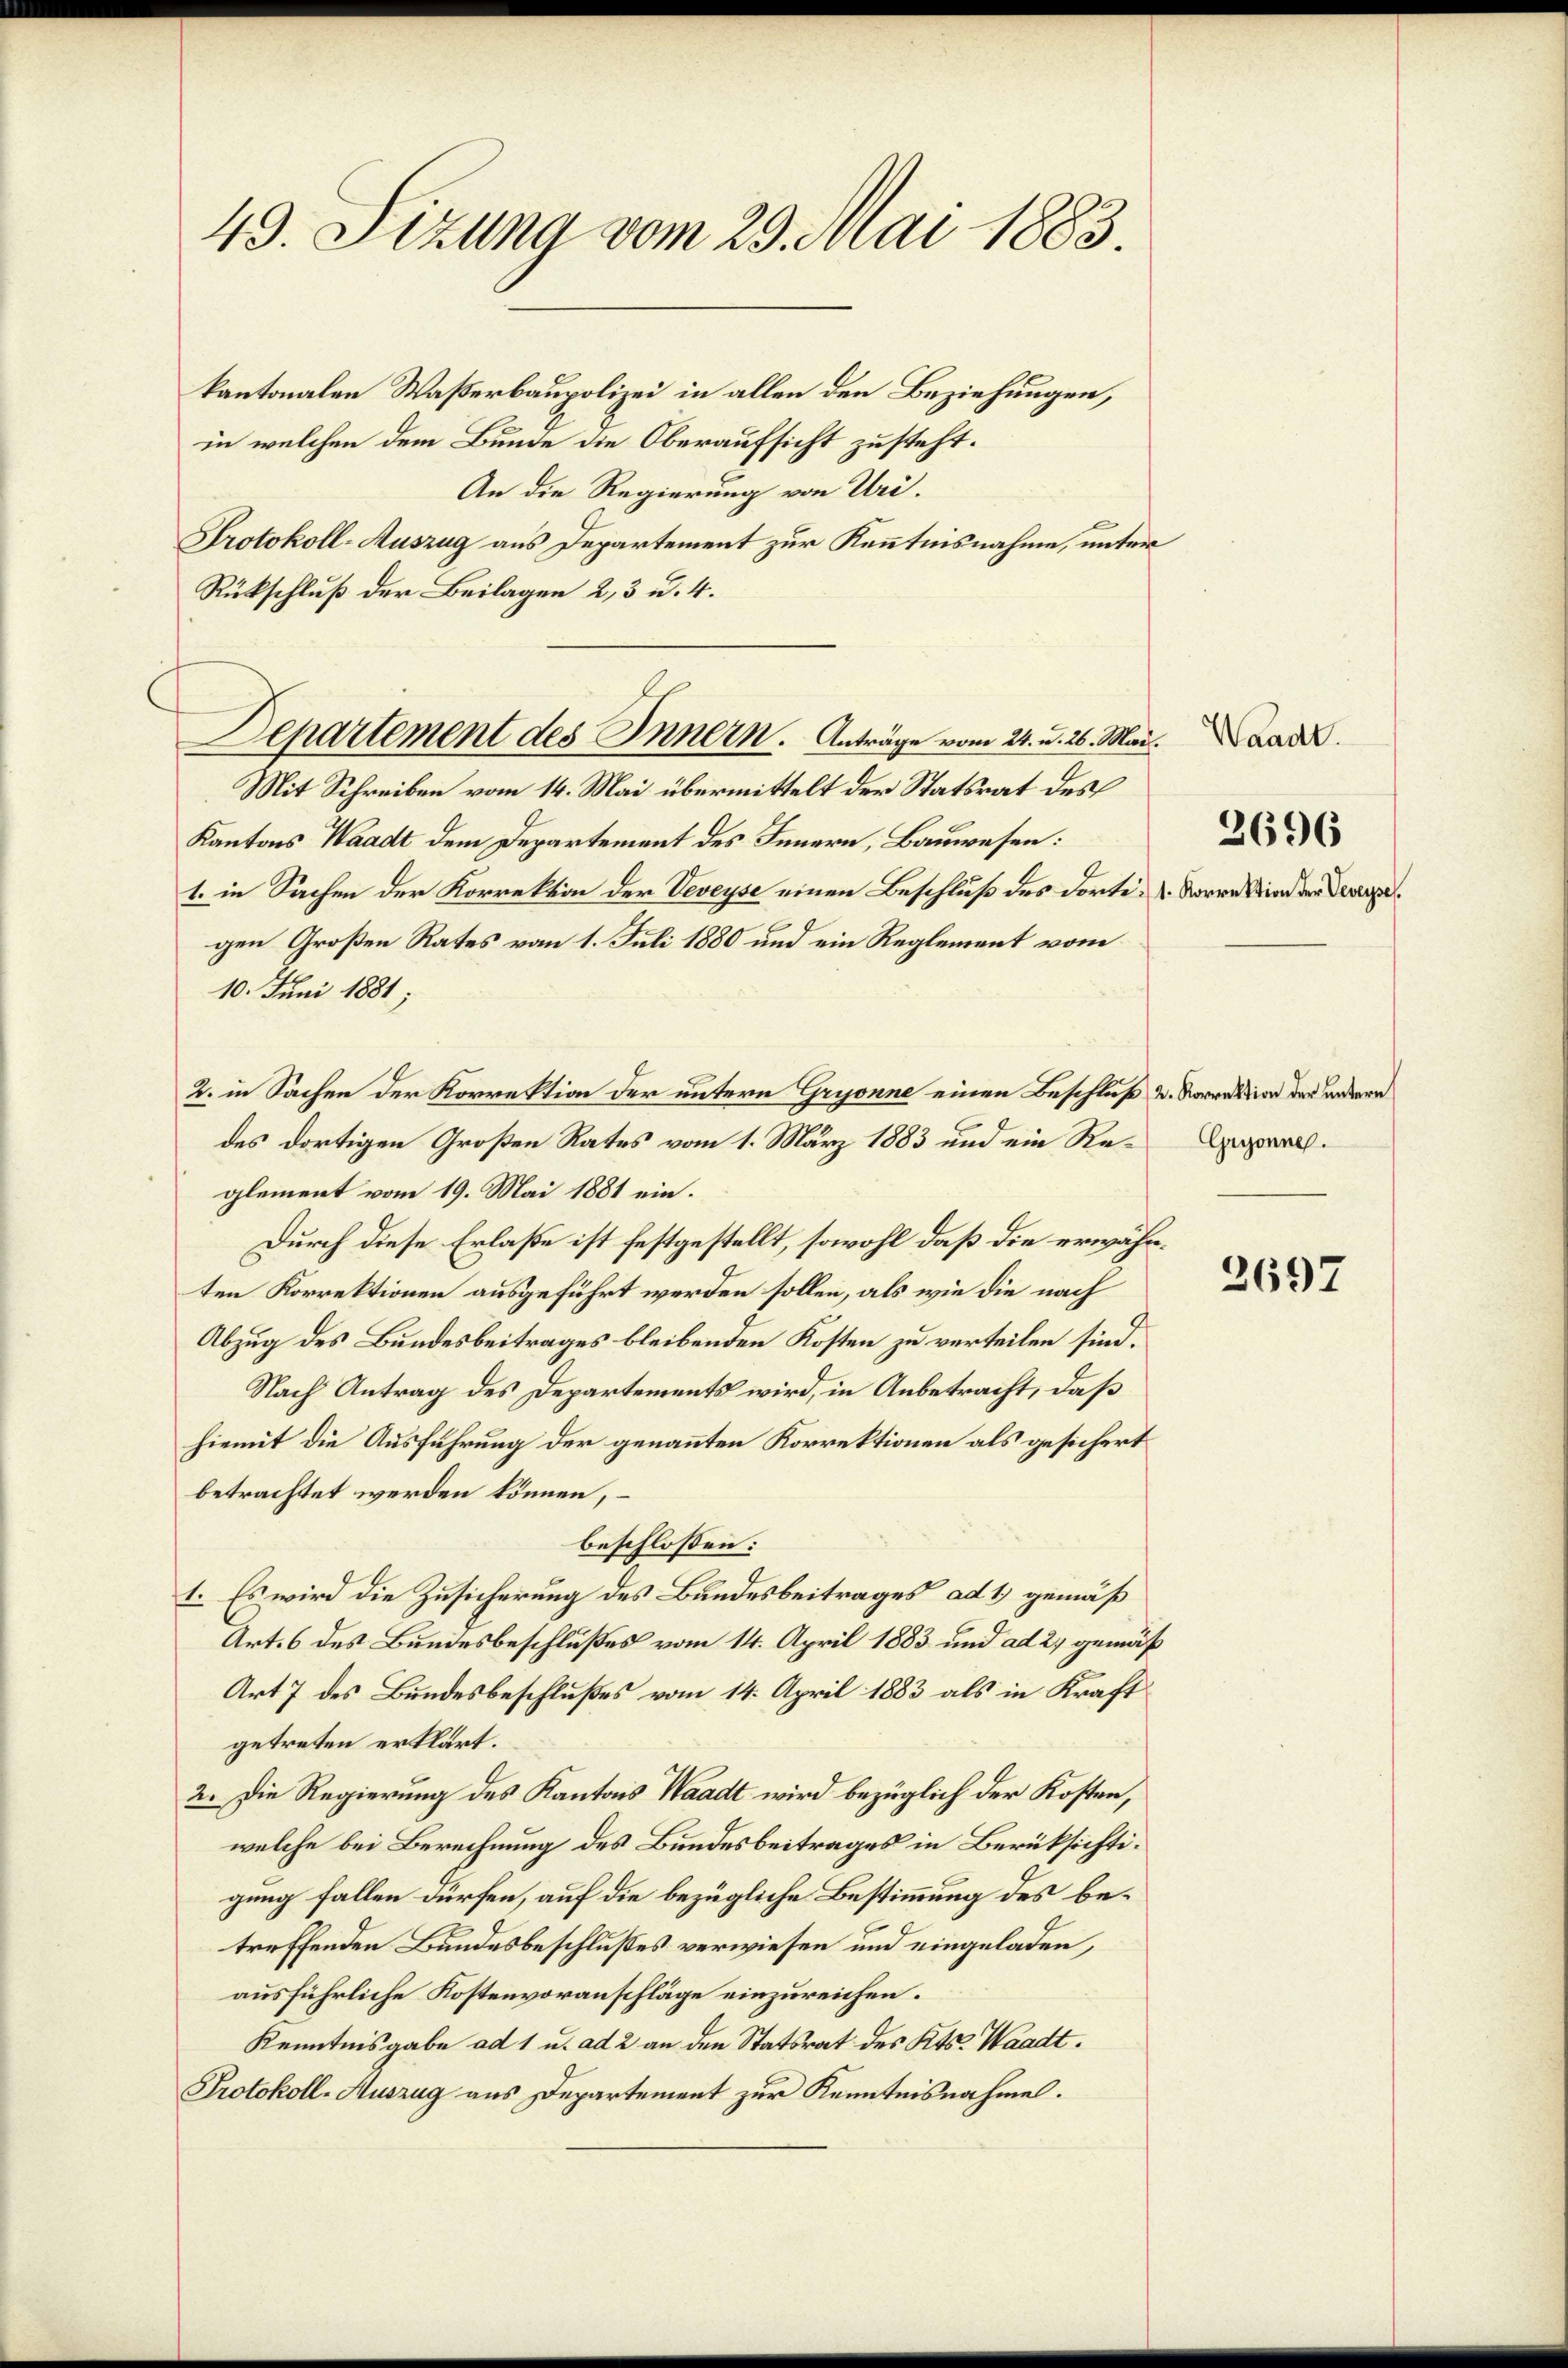
49. Sizung vom 29. Mai 1883.

kantonalen Waßerbaupolizei in allen den Beziehungen,
in welchen dem Bunde die Oberaufsicht zusteht.
An die Regierung von Uri.
Protokoll-Auszug aus Departement zur Kenntnisnahme, unter
Rückschluß der Beilagen 2, 3 u. 4.
Kantons Waadt dem Departement des Innern, Bauwesen:
1. in Sachen der Korrektion der Veveyse einen Beschluß des dorte. Vorre Kindern Vorge
gen Großen Rates vom 1. Juli 1880 und ein Reglement vom
10. Juni 1881;
2. in Sachen der Korrektion der untern Gryonne einen Beschluß u. Korrektion der andern
des dortigen Großen Rates vom 1. März 1883 und ein Reglement vom 19. Mai 1881 ein.
Durch diese Erlaße ist festgestellt, sowohl daß die erwähnten Korrektionen ausgeführt werden sollen, als wie die nach
Abzug des Bundesbeitrages bleibenden Kosten zu verteilen sind.
Nach Antrag des Departements wird, in Anbetracht, daß
hiemit die Ausführung der genannten Korrektionen als gesichert
betrachtet werden können,
beschlossen:
1. Es wird die Zusicherung des Bundesbeitrages ad 1) gemäß
Art. 6 des Bundesbeschlußes vom 14. April 1883 und ad 2, gemäß
Art 7 des Bundesbeschlußes vom 14. April 1883 als in Kraft
getreten erklärt.
2. Die Regierung des Kantons Waadt wird bezüglich der Kosten,
welche bei Berechnung des Bundesbeitrages in Berüksichtigung fallen dürfen, auf die bezügliche Bestimmung des betreffenden Bundesbeschlußes verwiesen und eingeladen,
ausführliche Kostenvoranschläge einzureichen.
Kenntnisgabe ad 1 u. ad 2 an den Statsrat des Kts. Waadt.
Protokoll-Auszug aus Departement zur Kenntnisnahme.

Departement des Innern. Anträge vom 24. u. 26. Mai. Waad
Mit Schreiben vom 14. Mai übermittelt der Statsrat des

2696

Gryonne.

3697